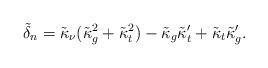
LaTeX: \begin{align*}\tilde\delta_n=\tilde\kappa_\nu(\tilde\kappa_g^2 + \tilde\kappa_t^2) -\tilde\kappa_g\tilde\kappa_t' + \tilde\kappa_t\tilde\kappa_g'.\end{align*}